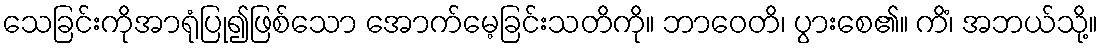
သေခြင်းကိုအာရုံပြု၍ဖြစ်သော အောက်မေ့ခြင်းသတိကို။ ဘာဝေတိ၊ ပွားစေ၏။ ကိံ၊ အဘယ်သို့။